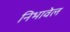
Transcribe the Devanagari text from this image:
निभावेल